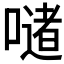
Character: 𪢆